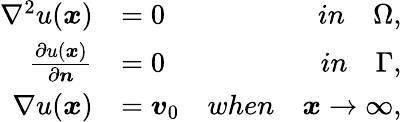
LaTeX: \begin{array}{rlr}{\nabla^{2}u(\boldsymbol{x})}&{=0}&{in\quad\Omega,}\\ {\frac{\partial u(\boldsymbol{x})}{\partial\boldsymbol{n}}}&{=0}&{in\quad\Gamma,}\\ {\nabla u(\boldsymbol{x})}&{=\boldsymbol{v}_{0}}&{when\quad\boldsymbol{x}\rightarrow\infty,}\end{array}